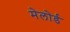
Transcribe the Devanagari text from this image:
मेलोर्ड